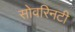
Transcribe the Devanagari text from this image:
सोवरिनटी